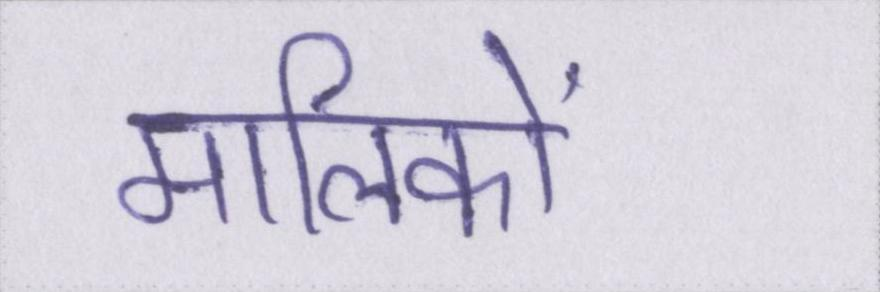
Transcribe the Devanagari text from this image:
मालिकों